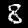
Digit: 8